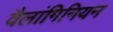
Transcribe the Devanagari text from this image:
वैलांगिनियन